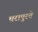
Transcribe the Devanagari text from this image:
घरापुरते